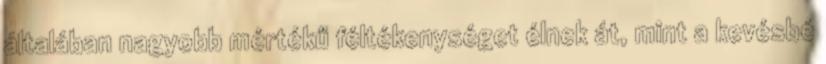
általában nagyobb mértékű féltékenységet élnek át, mint a kevésbé